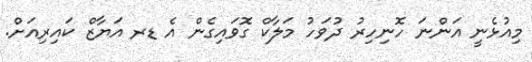
މިއުޅެނީ އަންނަ ހޮނިހިރު ދުވަހު މަލާކް ގޮވައިގެން އެ ޑރ އަޔާޒް ކައިރިއަށް.